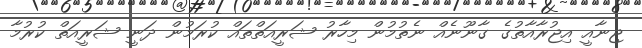
ޖިނާއީ އިޖުރާއާތުގެ ގާނޫނެއް ނެތުމުން މިހާރު ޝަރީއަތްތައް ކުރަމުން ދަނީ ޝަރީއަތް ކުރުމާ